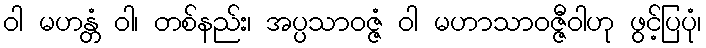
ဝါ မဟန္တံ ဝါ၊ တစ်နည်း၊ အပ္ပသာဝဇ္ဇံ ဝါ မဟာသာဝဇ္ဇီဝါဟု ဖွင့်ပြပုံ၊